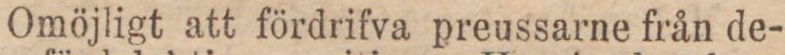
Omöjligt att fördrifva preussarne från de-